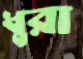
ধুরা